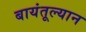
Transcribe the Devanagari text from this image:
बायंतूल्यान